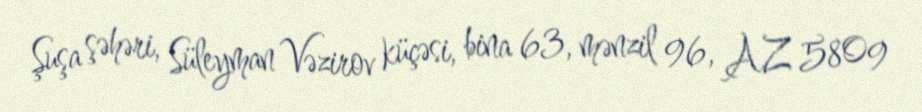
Şuşa şəhəri, Süleyman Vəzirov küçəsi, bina 63, mənzil 96, AZ 5809